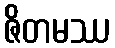
ဇိတမဿ